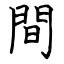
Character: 間